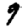
Digit: 9